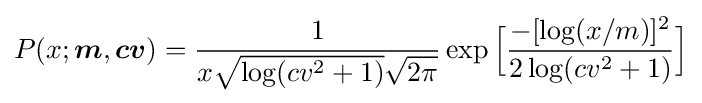
P(x;{\boldsymbol {m}},{\boldsymbol {cv}})={\frac {1}{x{\sqrt {\log(cv^{2}+1)}}{\sqrt {2\pi }}}}\exp {\Big [}{\frac {-[\log(x/m)]^{2}}{2\log(cv^{2}+1)}}{\Big ]}